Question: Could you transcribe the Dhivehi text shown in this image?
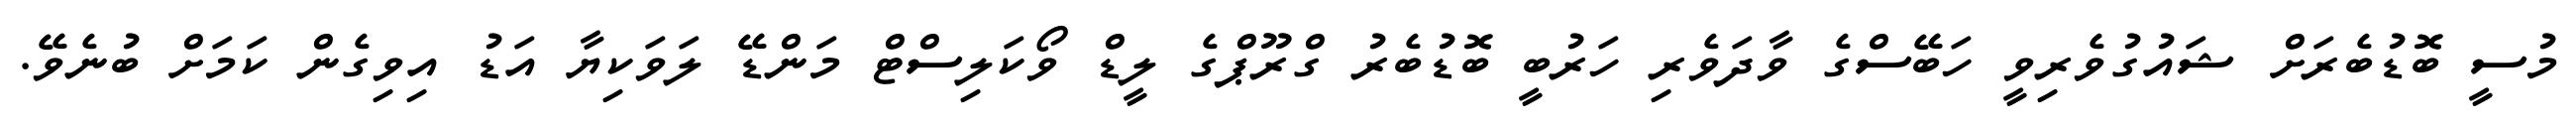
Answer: މުސީ ބޮޑުބެރަށް ޝައުގުވެރިވީ ހަބޭސްގެ ވާދަވެރި ހަރުބީ ބޮޑުބެރު ގްރޫޕްގެ ލީޑް ވޯކަލިސްޓް މަންޑޭ ލަވަކިޔާ އަޑު އިވިގެން ކަމަށް ބުނެވޭ.